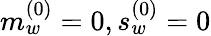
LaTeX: m_{w}^{(0)}=0,s_{w}^{(0)}=0